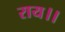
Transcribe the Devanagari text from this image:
राय।।